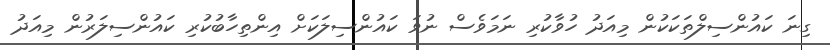
ގިނަ ކައުންސިލްތަކަކުން މިއަދު ހުވާކުރި ނަމަވެސް ނުވަ ކައުންސިލަކަށް އިންތިހާބުކުރި ކައުންސިލަރުން މިއަދު